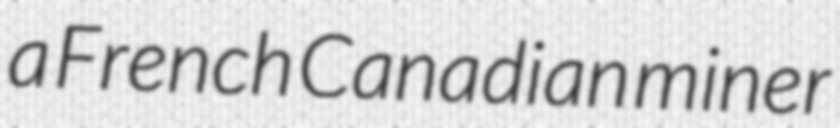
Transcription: a French Canadian miner